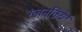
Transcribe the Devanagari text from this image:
रंजनक्रियेत